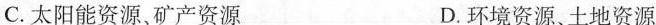
C.太阳能资源、矿产资源 D.环境资源、土地资源